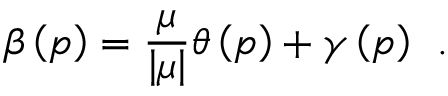
\beta \left( p \right) = \frac \mu { \left| \mu \right| } \theta \left( p \right) + \gamma \left( p \right) \; \, .